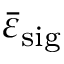
\bar { \varepsilon } _ { \mathrm { s i g } }